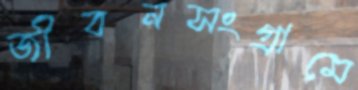
জীবনসংগ্রামে